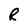
Character: R